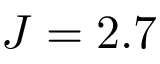
J = 2 . 7